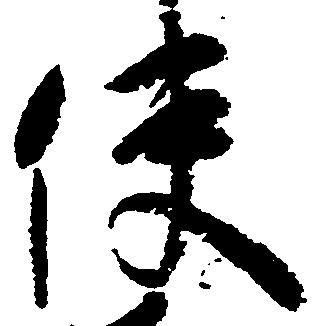
使